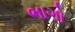
ભાગો